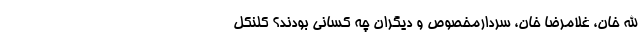
الله خان، غلامرضا خان، سردارمخصوص و دیگران چه کسانی بودند؟ کلنکل